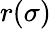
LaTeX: r(\sigma)